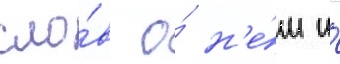
сло́в о́ н'е́м и́